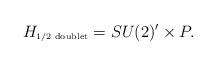
LaTeX: \begin{align*}H_{\mbox{\tiny 1/2 doublet}} = SU(2)' \times P.\end{align*}